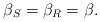
LaTeX: \begin{align*}\beta_S = \beta_R = \beta.\end{align*}